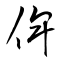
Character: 俾